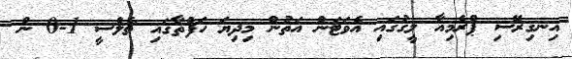
އިނގިރޭސި ޕްރެމިއާ ލީގުގައި އެވަޓަން އަތުން މިދިޔަ ހަފްތާގައި ޗެލްސީ 1-0 ން